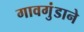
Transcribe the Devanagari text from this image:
गावगुंडाने